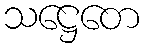
သဋ္ဌေတေ